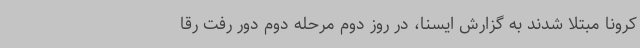
کرونا مبتلا شدند به گزارش ایسنا، در روز دوم مرحله دوم دور رفت رقا